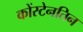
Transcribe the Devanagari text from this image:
कोंस्टेनतिन